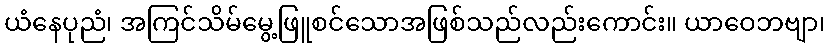
ယံနေပုညံ၊ အကြင်သိမ်မွေ့ဖြူစင်သောအဖြစ်သည်လည်းကောင်း။ ယာဝေဘဗျာ၊